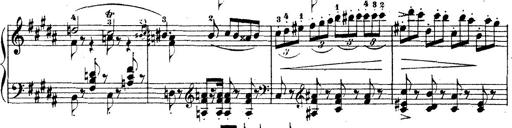
Title: Wagner-Liszt Album
Composer: Franz Liszt